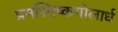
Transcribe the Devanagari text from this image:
प्रमस्तिष्कगोलार्ध